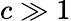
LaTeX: c\gg 1